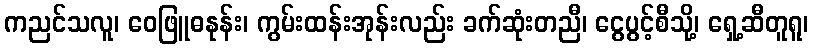
ကညင်သလူ၊ ဝေဖြူဓနုန်း၊ ကွမ်းထန်းအုန်းလည်း ခက်ဆုံးတညီ၊ ငွေပွင့်စီသို့၊ ရှေ့ဆီတူရူ၊